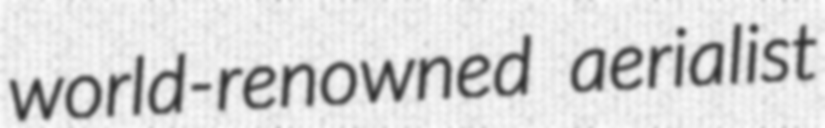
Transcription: world-renowned aerialist